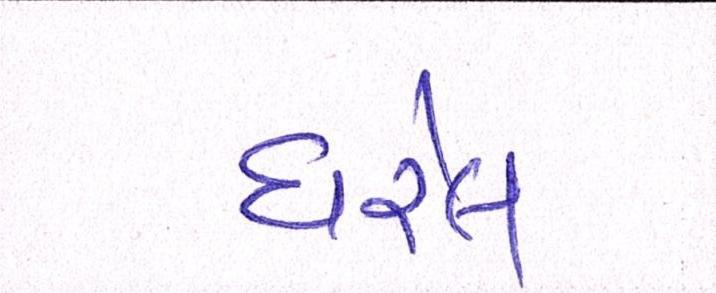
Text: ધરેલ